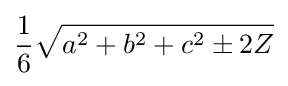
{\frac {1}{6}}{\sqrt {a^{2}+b^{2}+c^{2}\pm 2Z}}